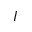
I